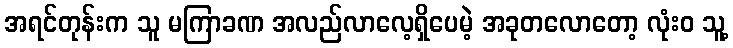
အရင်တုန်းက သူ မကြာခဏ အလည်လာလေ့ရှိပေမဲ့ အခုတလောတော့ လုံးဝ သူ့